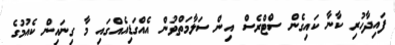
ފައިދާހުރި ކާނާ ކައިގެން ސްޓްރެސް އިން ސަލާމަތްވުން އެއްގަޑިއެއްގައި މާ ގިނައިން ކެއުމުގެ